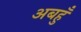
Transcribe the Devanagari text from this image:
अबहुँ